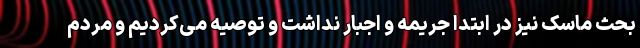
بحث ماسک نیز در ابتدا جریمه و اجبار نداشت و توصیه می‌کردیم و مردم